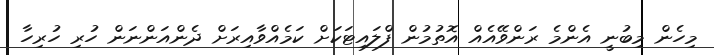
މިހެން މިބުނީ އެންމެ ރަންވޭއެއް އޮތުމުން ފްލައިޓަކަށް ކަމެއްވާއިރަށް ދެންއަންނަން ހުރި ހުރިހާ